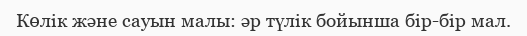
Көлік және сауын малы: әр түлік бойынша бір-бір мал.